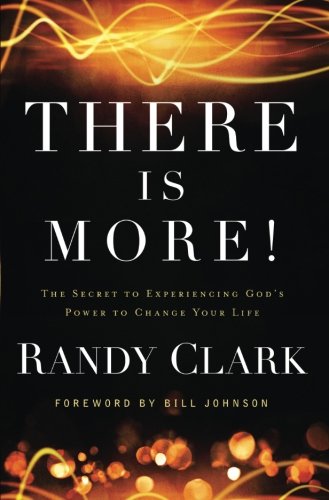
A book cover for There Is More!: The Secret to Experiencing God's Power to Change Your Life; Randy Clark; Christian Books & Bibles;